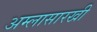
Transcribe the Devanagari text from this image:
अम्लासारखी